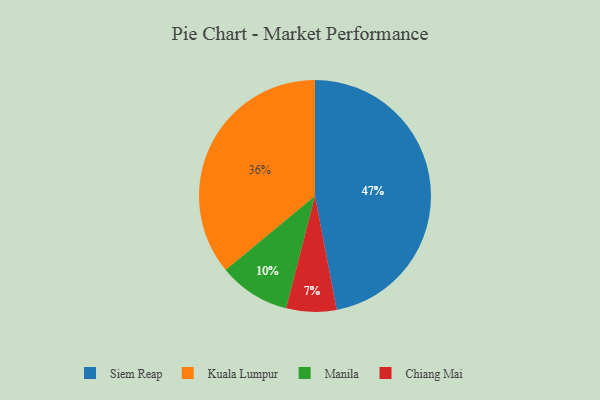
{"axis": {"x": "Category", "y": "Percentage"}, "legend": ["Chiang Mai", "Kuala Lumpur", "Manila", "Siem Reap"], "data": [{"x": "Chiang Mai", "y": 7, "type": "Chiang Mai"}, {"x": "Siem Reap", "y": 47, "type": "Siem Reap"}, {"x": "Kuala Lumpur", "y": 36, "type": "Kuala Lumpur"}, {"x": "Manila", "y": 10, "type": "Manila"}]}